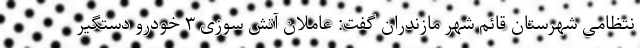
نتظامی شهرستان قائم شهر مازندران گفت: عاملان آتش سوزی ۳ خودرو دستگیر